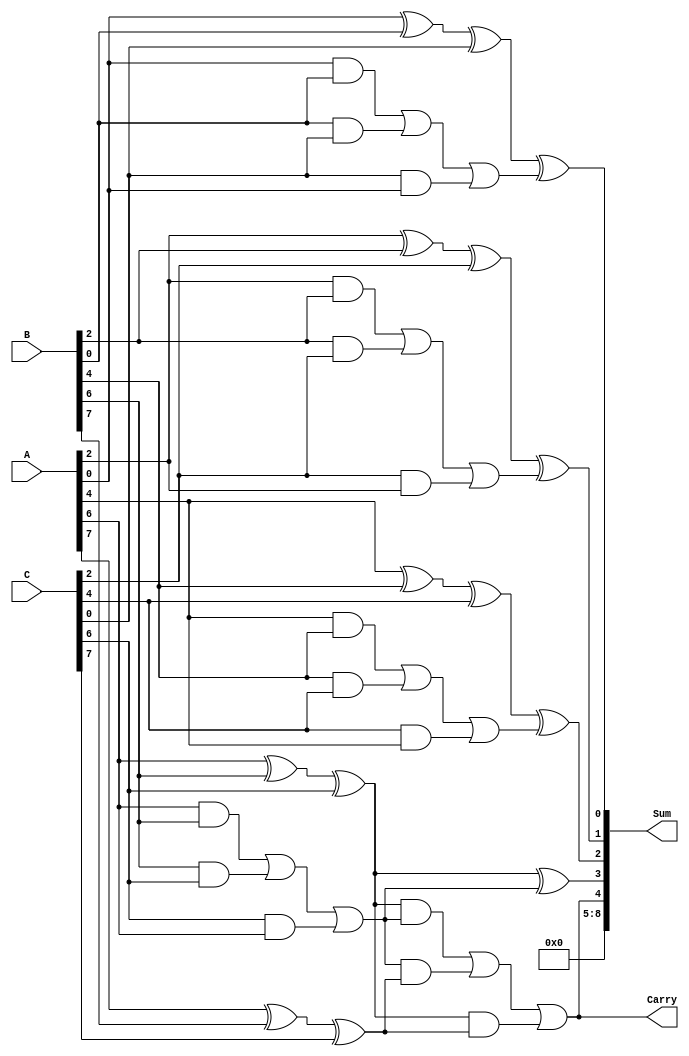
module CarrySaveAdder #(parameter N = 8) (
    input  [N-1:0] A,       // First operand
    input  [N-1:0] B,       // Second operand
    input  [N-1:0] C,       // Third operand
    output [N:0] Sum,       // Final sum
    output Carry            // Final carry-out
);

    // Intermediate signals for partial sums and carries
    wire [N-1:0] S;         // Partial sum
    wire [N-1:0] C_out;     // Carry from the CSA

    // Generate partial sum and carry for each bit
    genvar i;
    generate
        for (i = 0; i < N; i = i + 1) begin : CSA
            assign S[i] = A[i] ^ B[i] ^ C[i];  // Sum
            assign C_out[i] = (A[i] & B[i]) | (B[i] & C[i]) | (C[i] & A[i]); // Carry
        end
    endgenerate

    // Reduction tree (using full adders)
    wire [N-1:0] P;         // Intermediate sums from full adders
    wire [N-1:0] C_inter;   // Intermediate carries from full adders

    generate
        for (i = 0; i < N-1; i = i + 1) begin : ReductionTree
            if (i % 2 == 0) begin
                assign P[i/2] = S[i] ^ C_out[i];
                assign C_inter[i/2] = (S[i] & C_out[i]) | (C_out[i] & S[i+1]) | (S[i] & S[i+1]);
            end
        end
    endgenerate

    // Final Sum and Carry Calculation
    assign Sum = {C_inter[N/2-1], P[N/2-1:0]}; // Final sum from the last level of reduction
    assign Carry = C_inter[N/2-1];             // Final carry-out

endmodule